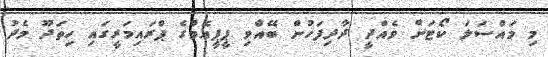
މި މައްސަލަ ކޯޓަށް ވެއްދީ ދާދިފަހުން ބޭއްވި ޕީޕީއެމްގެ ޕްރައިމަރީގައި ހިތަދޫ މެދު